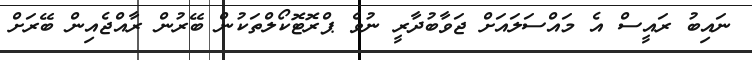
ނައިބު ރައީސް އެ މައްސަލައަށް ޖަވާބުދާރީ ނުވެ ޕްރޮޓޮކޯލްތަކުން ބޭރުން ރާއްޖެއިން ބޭރަށް